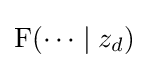
\operatorname {F} (\dots \mid z_{d})